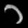
Digit: ၁